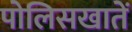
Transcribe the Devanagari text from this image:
पोलिसखातें